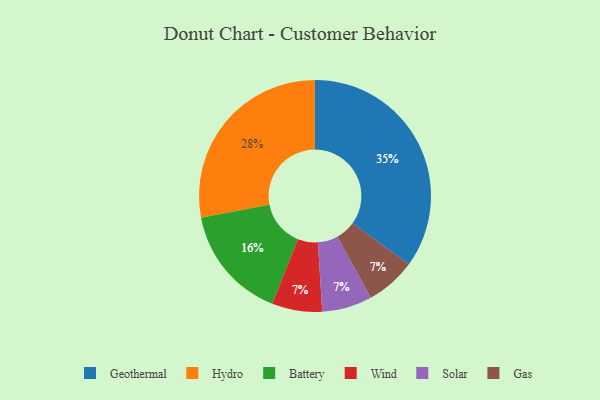
{"axis": {"x": "Category", "y": "Percentage"}, "legend": ["Battery", "Gas", "Geothermal", "Hydro", "Solar", "Wind"], "data": [{"x": "Wind", "y": 7, "type": "Wind"}, {"x": "Battery", "y": 16, "type": "Battery"}, {"x": "Geothermal", "y": 35, "type": "Geothermal"}, {"x": "Solar", "y": 7, "type": "Solar"}, {"x": "Gas", "y": 7, "type": "Gas"}, {"x": "Hydro", "y": 28, "type": "Hydro"}]}